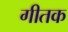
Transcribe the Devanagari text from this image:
गीतक